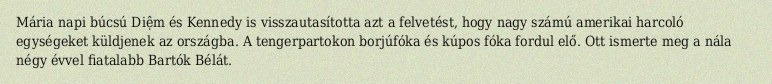
Mária napi búcsú Diệm és Kennedy is visszautasította azt a felvetést, hogy nagy számú amerikai harcoló egységeket küldjenek az országba. A tengerpartokon borjúfóka és kúpos fóka fordul elő. Ott ismerte meg a nála négy évvel fiatalabb Bartók Bélát.